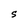
Character: S